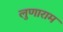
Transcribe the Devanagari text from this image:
लुणाराम